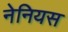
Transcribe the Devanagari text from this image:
नेनियस